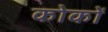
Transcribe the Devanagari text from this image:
कोकों